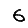
Digit: 6